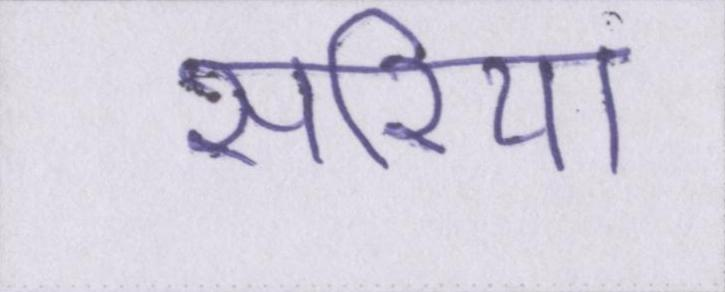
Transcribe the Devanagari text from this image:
सरिया